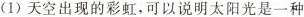
(1)天空出现的彩虹，可以说明太阳光是一种